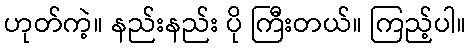
ဟုတ်ကဲ့။ နည်းနည်း ပို ကြီးတယ်။ ကြည့်ပါ။